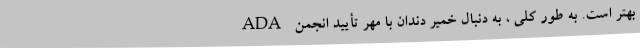
بهتر است. به طور کلی ، به دنبال خمیر دندان با مهر تأیید انجمن ADA